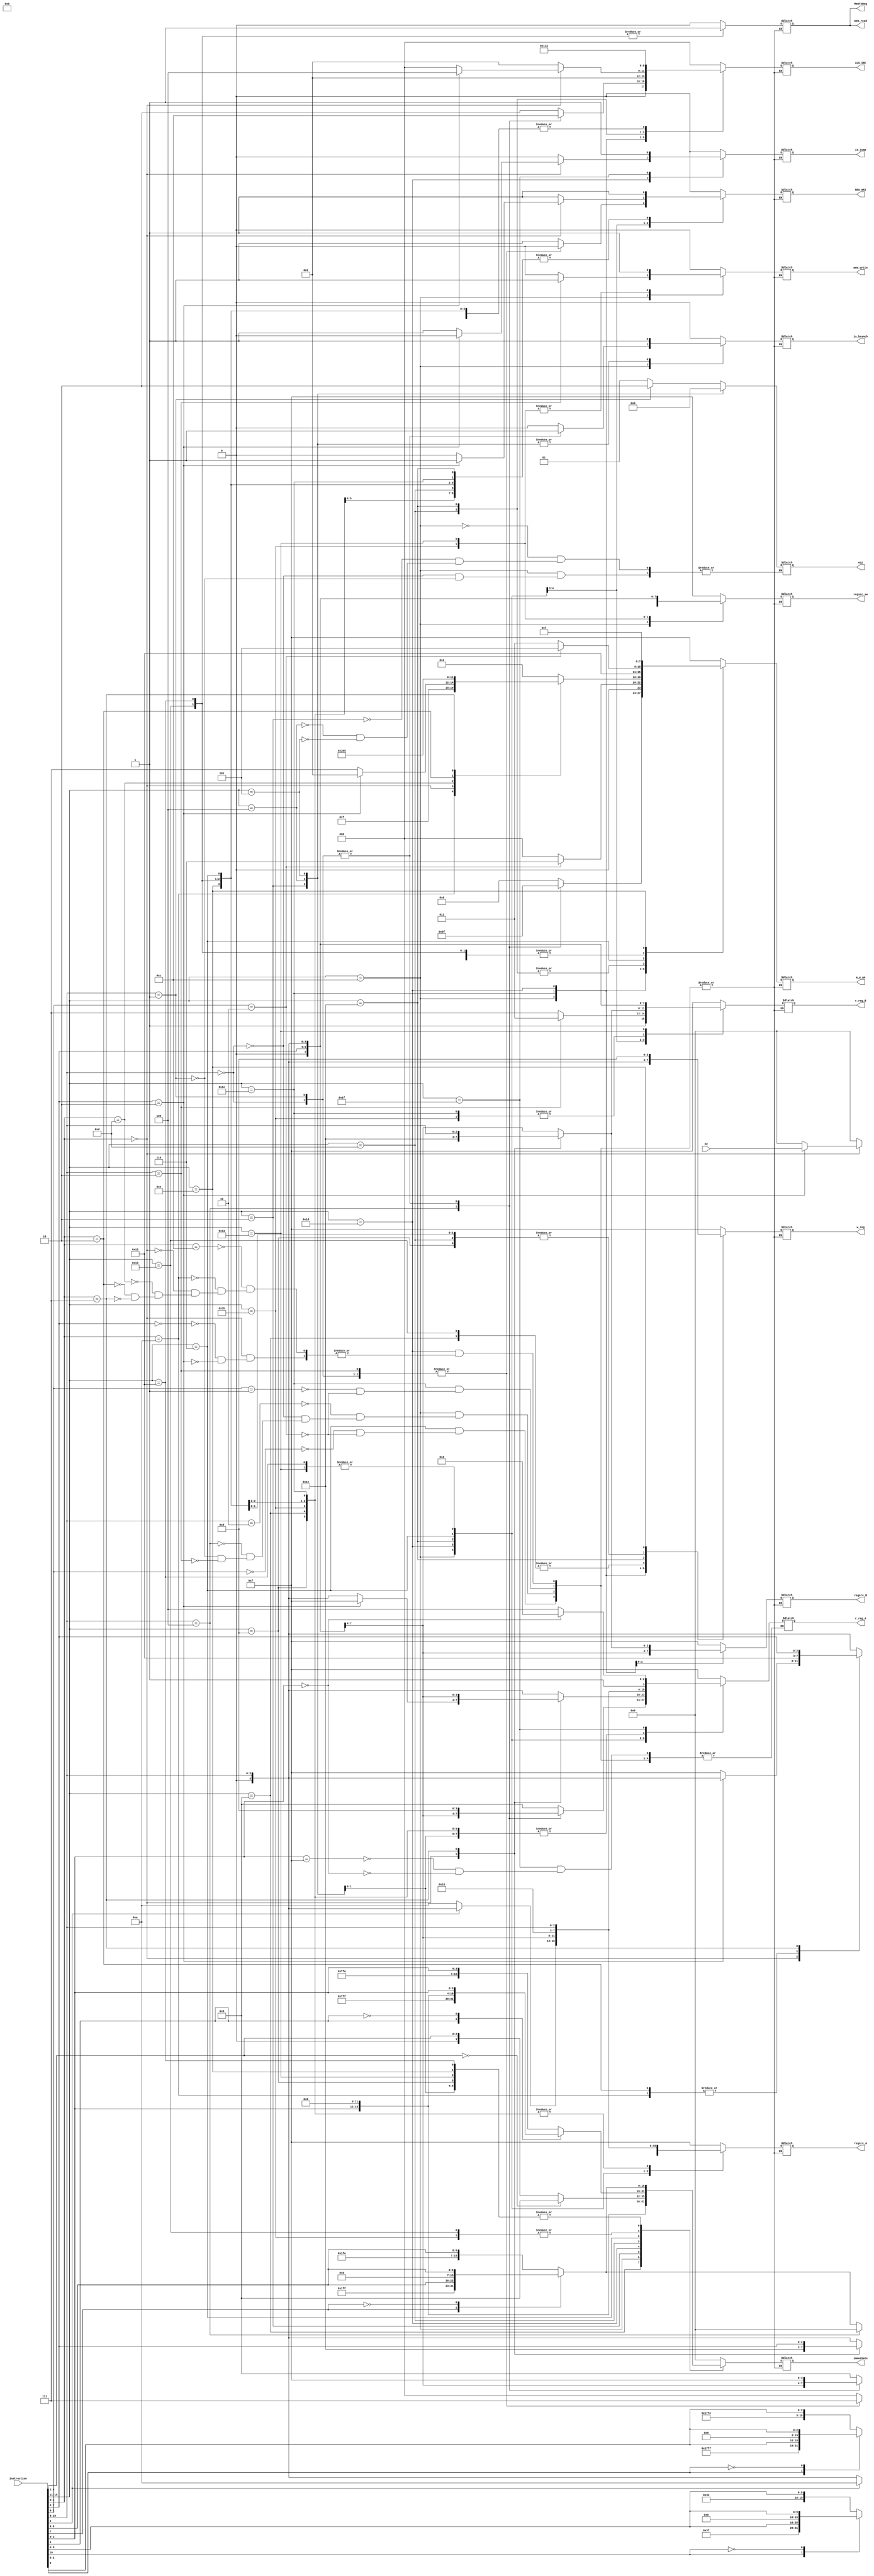
`timescale 1ns / 1ps
//////////////////////////////////////////////////////////////////////////////////
// Company:
// Engineer:
//
// Design Name:
// Module Name:    decoder
// Project Name:
// Target Devices:
// Tool versions:
// Description:
//
// Dependencies:
//
// Revision:
// Revision 0.01 - File Created
// Additional Comments:
//
//////////////////////////////////////////////////////////////////////////////////
module decoder#(
		parameter ADDRESS_WIDTH = 16,
		parameter INSTR_WIDTH =16,
		parameter OPERRATOR_WIDTH = 4,
		parameter REG_WIDTH = 4)(

		input [ADDRESS_WIDTH-1:0] PC,
		input [INSTR_WIDTH-1:0] instruction,

		//ID
		output reg [REG_WIDTH-1:0] r_reg_A,//A
		output reg [REG_WIDTH-1:0] r_reg_B,//B
		output reg [15:0] immediate,
		output reg [2:0] ALU_SRC,

		output reg [REG_WIDTH-1:0] regsrc_A,
		output reg [REG_WIDTH-1:0] regsrc_B,
		output reg [REG_WIDTH-1:0] regsrc_sw,

		output is_jump,
		output is_branch,

		output reg [1:0] eqz,

		//Ex
		output [OPERRATOR_WIDTH-1:0] ALU_OP,

		//MEM
		output mem_read,
		output mem_write,

		//WB
		output REG_WRI,
		output reg [REG_WIDTH-1:0] w_reg,//
		output MemToReg         //ALU 0 or MEM 1)

    );

	parameter SP = 4'b1000;
	parameter T = 4'b1001;
	parameter IH = 4'b1010;
	parameter RA = 4'b1011;
	parameter EPC = 4'b1100;
	parameter EMP_REG = 4'b1111;


	parameter ADD = 4'b0000;
	parameter AND = 4'b0001;
	parameter OR = 4'b0010;
	parameter SLL = 4'b0011;
	parameter SRL = 4'b0100;
	parameter SRA = 4'b0101;
	parameter SUB = 4'b0110;
	parameter EQUAL = 4'b0111;
	parameter LESS = 4'b1000;
	parameter MOVE = 4'b1001;
	parameter EMPTY = 4'b1111;

	parameter null = 3'b000;
	parameter r1_r2 = 3'b001;
	parameter r1_im = 3'b010;
	parameter r1_nu = 3'b011;
	parameter im_nu = 3'b100;
	parameter r2_r1 = 3'b101;

	parameter B_IMME = 2'b00;
	parameter EQU_ZERO = 2'b01;
	parameter NOT_EQU_ZERO = 2'b10;

	reg is_jump_temp = 1'b0;
	reg is_branch_temp = 1'b0;
	reg [OPERRATOR_WIDTH-1:0] ALU_OP_temp = EMPTY;
	reg mem_read_temp = 1'b0;
	reg mem_write_temp = 1'b0;
	reg REG_WRI_temp = 1'b0;
	reg MemToReg_temp = 1'b0;

	assign is_jump = is_jump_temp;
	assign is_branch = is_branch_temp;
	assign ALU_OP = ALU_OP_temp;
	assign mem_read = mem_read_temp;
	assign mem_write = mem_write_temp;
	assign REG_WRI = REG_WRI_temp;
	assign MemToReg = MemToReg_temp;

	always @(*) begin
		case (instruction[15:11])
			5'b01001:begin 	//ADDIU
				ALU_OP_temp <= ADD;
				r_reg_A <= {1'b0,instruction[10:8]};
				r_reg_B <= EMP_REG;
				case(instruction[7])
					1'b1:begin immediate[15:0] <= {8'b11111111,instruction[7:0]};end
					1'b0:begin immediate[15:0] <= {8'b00000000,instruction[7:0]};end
				endcase
				ALU_SRC <= r1_im;

				regsrc_A <= {1'b0,instruction[10:8]};
				regsrc_B <= EMP_REG;
				regsrc_sw <= EMP_REG;

				is_jump_temp <= 1'b0;
				is_branch_temp <= 1'b0;

				mem_read_temp <= 1'b0;
				mem_write_temp <= 1'b0;

				REG_WRI_temp <= 1'b1;
				w_reg <= {1'b0,instruction[10:8]};
				MemToReg_temp <= 1'b0;
			end
			5'b01000:begin 	//ADDIU3
				ALU_OP_temp <= ADD;
				r_reg_A <= {1'b0,instruction[10:8]};
				r_reg_B <= EMP_REG;
				case(instruction[3])
					1'b1:begin immediate[15:0] <= {12'b111111111111,instruction[3:0]};end
					1'b0:begin immediate[15:0] <= {12'b000000000000,instruction[3:0]};end
				endcase
				ALU_SRC <= r1_im;

				regsrc_A <= {1'b0,instruction[10:8]};
				regsrc_B <= EMP_REG;
				regsrc_sw <= EMP_REG;

				is_jump_temp <= 1'b0;
				is_branch_temp <= 1'b0;

				mem_read_temp <= 1'b0;
				mem_write_temp <= 1'b0;

				REG_WRI_temp <= 1'b1;
				w_reg <= {1'b0,instruction[7:5]};
				MemToReg_temp <= 1'b0;
			end
			5'b01100:begin 	//ADDSP	BTEQZ	 MTSP	 BTNEZ	SW_RS
				case(instruction[10:8])
					3'b011:begin	//ADDSP
						ALU_OP_temp <= ADD;
						r_reg_A <= SP;
						r_reg_B <= EMP_REG;
						case(instruction[7])
							1'b1:begin immediate[15:0] <= {8'b11111111,instruction[7:0]};end
							1'b0:begin immediate[15:0] <= {8'b00000000,instruction[7:0]};end
						endcase
						ALU_SRC <= r1_im;

						regsrc_A <= SP;
						regsrc_B <= EMP_REG;
						regsrc_sw <= EMP_REG;

						is_jump_temp <= 1'b0;
						is_branch_temp <= 1'b0;

						mem_read_temp <= 1'b0;
						mem_write_temp <= 1'b0;

						REG_WRI_temp <= 1'b1;
						w_reg <= SP;
						MemToReg_temp <= 1'b0;
					end
					3'b000:begin	//BTEQZ
						ALU_OP_temp <= EMPTY;
						r_reg_A <= T;
						r_reg_B <= EMP_REG;
						case(instruction[7])
							1'b1:begin immediate[15:0] <= {8'b11111111,instruction[7:0]};end
							1'b0:begin immediate[15:0] <= {8'b00000000,instruction[7:0]};end
						endcase
						ALU_SRC <= null;

						regsrc_A <= EMP_REG;
						regsrc_B <= EMP_REG;
						regsrc_sw <= EMP_REG;

						is_jump_temp <= 1'b0;
						is_branch_temp <= 1'b1;
						eqz <= EQU_ZERO;

						mem_read_temp <= 1'b0;
						mem_write_temp <= 1'b0;

						REG_WRI_temp <= 1'b0;
						w_reg <= EMP_REG;
						MemToReg_temp <= 1'b0;
					end
					3'b100:begin	//MTSP
						ALU_OP_temp <= MOVE;
						r_reg_A <= {1'b0,instruction[7:5]};
						r_reg_B <= EMP_REG;
						immediate <= 16'h0000;
						ALU_SRC <= r1_nu;

						regsrc_A <= {1'b0,instruction[7:5]};
						regsrc_B <= EMP_REG;
						regsrc_sw <= EMP_REG;

						is_jump_temp <= 1'b0;
						is_branch_temp <= 1'b0;

						mem_read_temp <= 1'b0;
						mem_write_temp <= 1'b0;

						REG_WRI_temp <= 1'b1;
						w_reg <= SP;
						MemToReg_temp <= 1'b0;
					end
					3'b001:begin	//BTNEZ
						ALU_OP_temp <= EMPTY;
						r_reg_A <= T;
						r_reg_B <= EMP_REG;
						case(instruction[7])
							1'b1:begin immediate[15:0] <= {8'b11111111,instruction[7:0]};end
							1'b0:begin immediate[15:0] <= {8'b00000000,instruction[7:0]};end
						endcase
						ALU_SRC <= null;

						regsrc_A <= EMP_REG;
						regsrc_B <= EMP_REG;
						regsrc_sw <= EMP_REG;
						eqz <= NOT_EQU_ZERO;

						is_jump_temp <= 1'b0;
						is_branch_temp <= 1'b1;

						mem_read_temp <= 1'b0;
						mem_write_temp <= 1'b0;

						REG_WRI_temp <= 1'b0;
						w_reg <= EMP_REG;
						MemToReg_temp <= 1'b0;
					end
					3'b010:begin	//SW_RS
						ALU_OP_temp <= ADD;
						r_reg_A <= SP;
						r_reg_B <= RA;
						case(instruction[7])
							1'b1:begin immediate[15:0] <= {8'b11111111,instruction[7:0]};end
							1'b0:begin immediate[15:0] <= {8'b00000000,instruction[7:0]};end
						endcase
						ALU_SRC <= r1_im;

						regsrc_A <= SP;
						regsrc_B <= EMP_REG;
						regsrc_sw <= RA;

						is_jump_temp <= 1'b0;
						is_branch_temp <= 1'b0;

						mem_read_temp <= 1'b0;
						mem_write_temp <= 1'b1;

						REG_WRI_temp <= 1'b0;
						w_reg <= EMP_REG;
						MemToReg_temp <= 1'b0;

					end
				endcase
			end
			5'b11100:begin		//ADDU	SUBU
				case(instruction[1:0])
					2'b01:begin		//ADDU
						ALU_OP_temp <= ADD;
						r_reg_A <= {1'b0,instruction[10:8]};
						r_reg_B <= {1'b0,instruction[7:5]};
						immediate <= 16'h0000;
						ALU_SRC <= r1_r2;

						regsrc_A <= {1'b0,instruction[10:8]};
						regsrc_B <= {1'b0,instruction[7:5]};
						regsrc_sw <= EMP_REG;

						is_jump_temp <= 1'b0;
						is_branch_temp <= 1'b0;

						mem_read_temp <= 1'b0;
						mem_write_temp <= 1'b0;

						REG_WRI_temp <= 1'b1;
						w_reg <= {1'b0,instruction[4:2]};
						MemToReg_temp <= 1'b0;
					end
					2'b11:begin		//SUBU
						ALU_OP_temp <= SUB;
						r_reg_A <= {1'b0,instruction[10:8]};
						r_reg_B <= {1'b0,instruction[7:5]};
						immediate <= 16'h0000;
						ALU_SRC <= r1_r2;

						regsrc_A <= {1'b0,instruction[10:8]};
						regsrc_B <= {1'b0,instruction[7:5]};
						regsrc_sw <= EMP_REG;

						is_jump_temp <= 1'b0;
						is_branch_temp <= 1'b0;

						mem_read_temp <= 1'b0;
						mem_write_temp <= 1'b0;

						REG_WRI_temp <= 1'b1;
						w_reg <= {1'b0,instruction[4:2]};
						MemToReg_temp <= 1'b0;
					end
				endcase

			end
			5'b00010:begin		//B
				ALU_OP_temp <= EMPTY;
				r_reg_A <= EMP_REG;
				r_reg_B <= EMP_REG;
				case(instruction[10])
					1'b1:begin immediate[15:0] <= {5'b11111,instruction[10:0]};end
					1'b0:begin immediate[15:0] <= {5'b00000,instruction[10:0]};end
				endcase
				ALU_SRC <= null;

				regsrc_A <= EMP_REG;
				regsrc_B <= EMP_REG;
				regsrc_sw <= EMP_REG;

				is_jump_temp <= 1'b0;
				is_branch_temp <= 1'b1;
				eqz <= B_IMME;

				mem_read_temp <= 1'b0;
				mem_write_temp <= 1'b0;

				REG_WRI_temp <= 1'b0;
				w_reg <= EMP_REG;
				MemToReg_temp <= 1'b0;
			end
			5'b00100:begin		//BEQZ
				ALU_OP_temp <= EMPTY;
				r_reg_A <= {1'b0,instruction[10:8]};
				r_reg_B <= EMP_REG;
				case(instruction[7])
					1'b1:begin immediate[15:0] <= {8'b11111111,instruction[7:0]};end
					1'b0:begin immediate[15:0] <= {8'b00000000,instruction[7:0]};end
				endcase
				ALU_SRC <= null;

				regsrc_A <= EMP_REG;
				regsrc_B <= EMP_REG;
				regsrc_sw <= EMP_REG;

				is_jump_temp <= 1'b0;
				is_branch_temp <= 1'b1;
				eqz <= EQU_ZERO;

				mem_read_temp <= 1'b0;
				mem_write_temp <= 1'b0;

				REG_WRI_temp <= 1'b0;
				w_reg <= EMP_REG;
				MemToReg_temp <= 1'b0;
			end
			5'b00101:begin		//BNQZ
				ALU_OP_temp <= EMPTY;
				r_reg_A <= {1'b0,instruction[10:8]};
				r_reg_B <= EMP_REG;
				case(instruction[7])
					1'b1:begin immediate[15:0] <= {8'b11111111,instruction[7:0]};end
					1'b0:begin immediate[15:0] <= {8'b00000000,instruction[7:0]};end
				endcase
				ALU_SRC <= null;

				regsrc_A <= EMP_REG;
				regsrc_B <= EMP_REG;
				regsrc_sw <= EMP_REG;

				is_jump_temp <= 1'b0;
				is_branch_temp <= 1'b1;
				eqz <= NOT_EQU_ZERO;

				mem_read_temp <= 1'b0;
				mem_write_temp <= 1'b0;

				REG_WRI_temp <= 1'b0;
				w_reg <= EMP_REG;
				MemToReg_temp <= 1'b0;
			end
			5'b11101:begin
				case(instruction[4:0])
					5'b01100:begin		//AND
						ALU_OP_temp <= AND;
						r_reg_A <= {1'b0,instruction[10:8]};
						r_reg_B <= {1'b0,instruction[7:5]};
						immediate <= 16'h0000;
						ALU_SRC <= r1_r2;

						regsrc_A <= {1'b0,instruction[10:8]};
						regsrc_B <= {1'b0,instruction[7:5]};
						regsrc_sw <= EMP_REG;

						is_jump_temp <= 1'b0;
						is_branch_temp <= 1'b0;

						mem_read_temp <= 1'b0;
						mem_write_temp <= 1'b0;

						REG_WRI_temp <= 1'b1;
						w_reg <= {1'b0,instruction[10:8]};
						MemToReg_temp <= 1'b0;
					end
					5'b01010:begin		//CMP
						ALU_OP_temp <= EQUAL;
						r_reg_A <= {1'b0,instruction[10:8]};
						r_reg_B <= {1'b0,instruction[7:5]};
						immediate <= 16'h0000;
						ALU_SRC <= r1_r2;

						regsrc_A <= {1'b0,instruction[10:8]};
						regsrc_B <= {1'b0,instruction[7:5]};
						regsrc_sw <= EMP_REG;

						is_jump_temp <= 1'b0;
						is_branch_temp <= 1'b0;

						mem_read_temp <= 1'b0;
						mem_write_temp <= 1'b0;

						REG_WRI_temp <= 1'b1;
						w_reg <= T;
						MemToReg_temp <= 1'b0;

					end
					5'b00000:begin
						case(instruction[7:5])
							3'b000:begin		//JR
								ALU_OP_temp <= EMPTY;
								r_reg_A <= {1'b0,instruction[10:8]};
								r_reg_B <= EMP_REG;
								immediate <= 16'h0000;
								ALU_SRC <= null;

								regsrc_A <= EMP_REG;
								regsrc_B <= EMP_REG;
								regsrc_sw <= EMP_REG;

								is_jump_temp <= 1'b1;
								is_branch_temp <= 1'b0;

								mem_read_temp <= 1'b0;
								mem_write_temp <= 1'b0;

								REG_WRI_temp <= 1'b0;
								w_reg <= EMP_REG;
								MemToReg_temp <= 1'b0;
							end
							3'b010:begin		//MFPC
								ALU_OP_temp <= MOVE;
								r_reg_A <= EMP_REG;
								r_reg_B <= EMP_REG;
								immediate[15:0] <= PC[15:0];
								ALU_SRC <= im_nu;

								regsrc_A <= EMP_REG;
								regsrc_B <= EMP_REG;
								regsrc_sw <= EMP_REG;

								is_jump_temp <= 1'b0;
								is_branch_temp <= 1'b0;

								mem_read_temp <= 1'b0;
								mem_write_temp <= 1'b0;

								REG_WRI_temp <= 1'b1;
								w_reg <= {1'b0,instruction[10:8]};
								MemToReg_temp <= 1'b0;
							end
						endcase
					end
					5'b01101:begin		//OR
						ALU_OP_temp <= OR;
						r_reg_A <= {1'b0,instruction[10:8]};
						r_reg_B <= {1'b0,instruction[7:5]};
						immediate <= 16'h0000;
						ALU_SRC <= r1_r2;

						regsrc_A <= {1'b0,instruction[10:8]};
						regsrc_B <= {1'b0,instruction[7:5]};
						regsrc_sw <= EMP_REG;

						is_jump_temp <= 1'b0;
						is_branch_temp <= 1'b0;

						mem_read_temp <= 1'b0;
						mem_write_temp <= 1'b0;

						REG_WRI_temp <= 1'b1;
						w_reg <= {1'b0,instruction[10:8]};
						MemToReg_temp <= 1'b0;
					end
					5'b00010:begin		//SLT
						ALU_OP_temp <= LESS;
						r_reg_A <= {1'b0,instruction[10:8]};
						r_reg_B <= {1'b0,instruction[7:5]};
						immediate <= 16'h0000;
						ALU_SRC <= r1_r2;

						regsrc_A <= {1'b0,instruction[10:8]};
						regsrc_B <= {1'b0,instruction[7:5]};
						regsrc_sw <= EMP_REG;

						is_jump_temp <= 1'b0;
						is_branch_temp <= 1'b0;

						mem_read_temp <= 1'b0;
						mem_write_temp <= 1'b0;

						REG_WRI_temp <= 1'b1;
						w_reg <= T;
						MemToReg_temp <= 1'b0;

					end
					5'b00111:begin		//SRAV
						ALU_OP_temp <= SRA;
						r_reg_A <= {1'b0,instruction[7:5]};
						r_reg_B <= {1'b0,instruction[10:8]};
						immediate <= 16'h0000;
						ALU_SRC <= r1_r2;

						regsrc_A <= {1'b0,instruction[7:5]};
						regsrc_B <= {1'b0,instruction[10:8]};
						regsrc_sw <= EMP_REG;

						is_jump_temp <= 1'b0;
						is_branch_temp <= 1'b0;

						mem_read_temp <= 1'b0;
						mem_write_temp <= 1'b0;

						REG_WRI_temp <= 1'b1;
						w_reg <= {1'b0,instruction[7:5]};
						MemToReg_temp <= 1'b0;
					end
				endcase
			end
			5'b01101:begin		//LI
				ALU_OP_temp <= MOVE;
				r_reg_A <= EMP_REG;
				r_reg_B <= EMP_REG;
				immediate[15:0] <= {8'b00000000,instruction[7:0]};
				ALU_SRC <= im_nu;

				regsrc_A <= EMP_REG;
				regsrc_B <= EMP_REG;
				regsrc_sw <= EMP_REG;

				is_jump_temp <= 1'b0;
				is_branch_temp <= 1'b0;

				mem_read_temp <= 1'b0;
				mem_write_temp <= 1'b0;

				REG_WRI_temp <= 1'b1;
				w_reg <= {1'b0,instruction[10:8]};
				MemToReg_temp <= 1'b0;
			end
			5'b10011:begin		//LW
				ALU_OP_temp <= ADD;
				r_reg_A <= {1'b0,instruction[10:8]};
				r_reg_B <= EMP_REG;
				case(instruction[4])
					1'b1:begin immediate[15:0] <= {11'b11111111111,instruction[4:0]};end
					1'b0:begin immediate[15:0] <= {11'b00000000000,instruction[4:0]};end
				endcase
				ALU_SRC <= r1_im;

				regsrc_A <= {1'b0,instruction[10:8]};
				regsrc_B <= EMP_REG;
				regsrc_sw <= EMP_REG;

				is_jump_temp <= 1'b0;
				is_branch_temp <= 1'b0;

				mem_read_temp <= 1'b1;
				mem_write_temp <= 1'b0;

				REG_WRI_temp <= 1'b1;
				w_reg <= {1'b0,instruction[7:5]};
				MemToReg_temp <= 1'b1;

			end
			5'b10010:begin		//LW_SP
				ALU_OP_temp <= ADD;
				r_reg_A <= SP;
				r_reg_B <= EMP_REG;
				case(instruction[7])
					1'b1:begin immediate[15:0] <= {8'b11111111,instruction[7:0]};end
					1'b0:begin immediate[15:0] <= {8'b00000000,instruction[7:0]};end
				endcase
				ALU_SRC <= r1_im;

				regsrc_A <= SP;
				regsrc_B <= EMP_REG;
				regsrc_sw <= EMP_REG;

				is_jump_temp <= 1'b0;
				is_branch_temp <= 1'b0;

				mem_read_temp <= 1'b1;
				mem_write_temp <= 1'b0;

				REG_WRI_temp <= 1'b1;
				w_reg <= {1'b0,instruction[10:8]};
				MemToReg_temp <= 1'b1;

			end
			5'b11110:begin		//MFIH	MTIH
				case(instruction[0])
					1'b0:begin		//MFIH
						ALU_OP_temp <= MOVE;
						r_reg_A <= IH;
						r_reg_B <= EMP_REG;
						immediate <= 16'h0000;
						ALU_SRC <= r1_nu;

						regsrc_A <= IH;
						regsrc_B <= EMP_REG;
						regsrc_sw <= EMP_REG;

						is_jump_temp <= 1'b0;
						is_branch_temp <= 1'b0;

						mem_read_temp <= 1'b0;
						mem_write_temp <= 1'b0;

						REG_WRI_temp <= 1'b1;
						w_reg <= {1'b0,instruction[10:8]};
						MemToReg_temp <= 1'b0;
					end
					1'b1:begin		//MTIH
						ALU_OP_temp <= MOVE;
						r_reg_A <= {1'b0,instruction[10:8]};
						r_reg_B <= EMP_REG;
						immediate <= 16'h0000;
						ALU_SRC <= r1_nu;

						regsrc_A <= {1'b0,instruction[10:8]};
						regsrc_B <= EMP_REG;
						regsrc_sw <= EMP_REG;

						is_jump_temp <= 1'b0;
						is_branch_temp <= 1'b0;

						mem_read_temp <= 1'b0;
						mem_write_temp <= 1'b0;

						REG_WRI_temp <= 1'b1;
						w_reg <= IH;
						MemToReg_temp <= 1'b0;
					end
				endcase
			end
			5'b00001:begin		//NOP
				ALU_OP_temp <= EMPTY;
				r_reg_A <= EMP_REG;
				r_reg_B <= EMP_REG;
				immediate <= 16'h0000;
				ALU_SRC <= null;

				regsrc_A <= EMP_REG;
				regsrc_B <= EMP_REG;
				regsrc_sw <= EMP_REG;

				is_jump_temp <= 1'b0;
				is_branch_temp <= 1'b0;

				mem_read_temp <= 1'b0;
				mem_write_temp <= 1'b0;

				REG_WRI_temp <= 1'b0;
				w_reg <= EMP_REG;
				MemToReg_temp <= 1'b0;
			end
			5'b00110:begin
				case(instruction[1:0])
				2'b00:begin		//SLL
					ALU_OP_temp <= SLL;
					r_reg_A <= {1'b0,instruction[7:5]};
					r_reg_B <= EMP_REG;
					if(instruction[4:2] == 3'b000)
					begin
						immediate[15:0] <= 16'b0000000000001000;
					end
					else
					begin
						immediate[15:0] <= {13'b0000000000000,instruction[4:2]};
					end
					ALU_SRC <= r1_im;

					regsrc_A <= {1'b0,instruction[7:5]};
					regsrc_B <= EMP_REG;
					regsrc_sw <= EMP_REG;

					is_jump_temp <= 1'b0;
					is_branch_temp <= 1'b0;

					mem_read_temp <= 1'b0;
					mem_write_temp <= 1'b0;

					REG_WRI_temp <= 1'b1;
					w_reg <= {1'b0,instruction[10:8]};
					MemToReg_temp <= 1'b0;
				end
				2'b11:begin		//SRA
					ALU_OP_temp <= SRA;
					r_reg_A <= {1'b0,instruction[7:5]};
					r_reg_B <= EMP_REG;
					if(instruction[4:2] == 3'b000)
					begin
						immediate[15:0] <= 16'b0000000000001000;
					end
					else
					begin
						immediate[15:0] <= {13'b0000000000000,instruction[4:2]};
					end
					ALU_SRC <= r1_im;

					regsrc_A <= {1'b0,instruction[7:5]};
					regsrc_B <= EMP_REG;
					regsrc_sw <= EMP_REG;

					is_jump_temp <= 1'b0;
					is_branch_temp <= 1'b0;

					mem_read_temp <= 1'b0;
					mem_write_temp <= 1'b0;

					REG_WRI_temp <= 1'b1;
					w_reg <= {1'b0,instruction[10:8]};
					MemToReg_temp <= 1'b0;
				end
				endcase
			end
			5'b11011:begin		//SW
				ALU_OP_temp <= ADD;
				r_reg_A <= {1'b0,instruction[10:8]};
				r_reg_B <= {1'b0,instruction[7:5]};
				case(instruction[4])
					1'b1:begin immediate[15:0] <= {11'b11111111111,instruction[4:0]};end
					1'b0:begin immediate[15:0] <= {11'b00000000000,instruction[4:0]};end
				endcase
				ALU_SRC <= r1_im;

				regsrc_A <= {1'b0,instruction[10:8]};
				regsrc_B <= EMP_REG;
				regsrc_sw <= {1'b0,instruction[7:5]};

				is_jump_temp <= 1'b0;
				is_branch_temp <= 1'b0;

				mem_read_temp <= 1'b0;
				mem_write_temp <= 1'b1;

				REG_WRI_temp <= 1'b0;
				w_reg <= EMP_REG;
				MemToReg_temp <= 1'b0;
			end
			5'b11010:begin		//SW_SP
				ALU_OP_temp <= ADD;
				r_reg_A <= SP;
				r_reg_B <= {1'b0,instruction[10:8]};
				case(instruction[7])
					1'b1:begin immediate[15:0] <= {8'b11111111,instruction[7:0]};end
					1'b0:begin immediate[15:0] <= {8'b00000000,instruction[7:0]};end
				endcase
				ALU_SRC <= r1_im;

				regsrc_A <= SP;
				regsrc_B <= EMP_REG;
				regsrc_sw <= {1'b0,instruction[10:8]};

				is_jump_temp <= 1'b0;
				is_branch_temp <= 1'b0;

				mem_read_temp <= 1'b0;
				mem_write_temp <= 1'b1;

				REG_WRI_temp <= 1'b0;
				w_reg <= EMP_REG;
				MemToReg_temp <= 1'b0;
			end
			5'b01110:begin		//CMPI
				ALU_OP_temp <= EQUAL;
				r_reg_A <= {1'b0,instruction[10:8]};
				r_reg_B <= EMP_REG;
				case(instruction[7])
					1'b1:begin immediate[15:0] <= {8'b11111111,instruction[7:0]};end
					1'b0:begin immediate[15:0] <= {8'b00000000,instruction[7:0]};end
				endcase
				ALU_SRC <= r1_im;

				regsrc_A <= {1'b0,instruction[10:8]};
				regsrc_B <= EMP_REG;
				regsrc_sw <= EMP_REG;

				is_jump_temp <= 1'b0;
				is_branch_temp <= 1'b0;

				mem_read_temp <= 1'b0;
				mem_write_temp <= 1'b0;

				REG_WRI_temp <= 1'b1;
				w_reg <= T;
				MemToReg_temp <= 1'b0;
			end
			5'b11111:begin		//INT
				ALU_OP_temp <= EMPTY;
				case(instruction[3:0])
				4'b1111:begin
					r_reg_A <= EPC;
				end
				4'b0000:begin
					r_reg_A <= IH;
				end
				endcase
				r_reg_B <= EMP_REG;
				immediate <= 16'h0000;
				ALU_SRC <= null;

				regsrc_A <= EMP_REG;
				regsrc_B <= EMP_REG;
				regsrc_sw <= EMP_REG;

				is_jump_temp <= 1'b1;
				is_branch_temp <= 1'b0;

				mem_read_temp <= 1'b0;
				mem_write_temp <= 1'b0;

				REG_WRI_temp <= 1'b0;
				w_reg <= EMP_REG;
				MemToReg_temp <= 1'b0;
			end

			default:begin		//
				ALU_OP_temp <= EMPTY;
				r_reg_A <= EMP_REG;
				r_reg_B <= EMP_REG;
				immediate <= 16'h0000;
				ALU_SRC <= null;

				regsrc_A <= EMP_REG;
				regsrc_B <= EMP_REG;
				regsrc_sw <= EMP_REG;

				is_jump_temp <= 1'b0;
				is_branch_temp <= 1'b0;

				mem_read_temp <= 1'b0;
				mem_write_temp <= 1'b0;

				REG_WRI_temp <= 1'b0;
				w_reg <= EMP_REG;
				MemToReg_temp <= 1'b0;
			end

		endcase
	end

endmodule